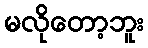
မလိုတော့ဘူး